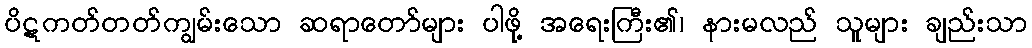
ပိဋကတ်တတ်ကျွမ်းသော ဆရာတော်များ ပါဖို့ အရေးကြီး၏၊ နားမလည် သူများ ချည်းသာ